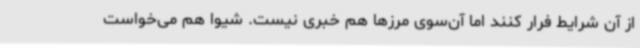
از آن شرایط فرار کنند اما آن‌سوی مرزها هم خبری نیست. شیوا هم می‌خواست